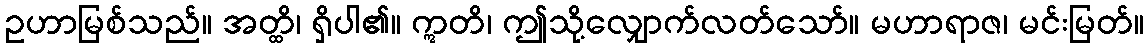
ဥဟာမြစ်သည်။ အတ္ထိ၊ ရှိပါ၏။ ဣတိ၊ ဤသို့လျှောက်လတ်သော်။ မဟာရာဇ၊ မင်းမြတ်။